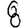
Digit: 8